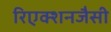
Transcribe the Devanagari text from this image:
रिएक्शनजैसी